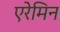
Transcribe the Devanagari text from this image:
एरेमिन